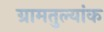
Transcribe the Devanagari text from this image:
ग्रामतुल्यांक